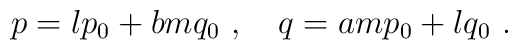
p= l p_0 + b m q_0 \ , \ \ \ q = a m p_0 + l q_0 \ .